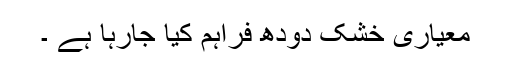
معیاری خشک دودھ فراہم کیا جارہا ہے ۔